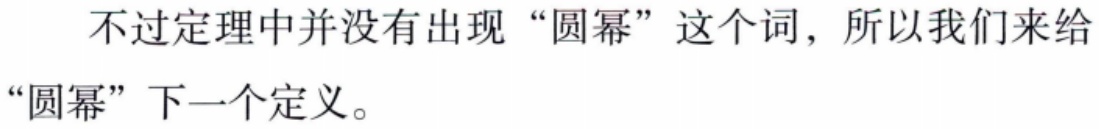
不过定理中并没有出现“圆幂”这个词，所以我们来给“圆幂”下一个定义。